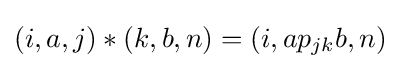
(i,a,j)*(k,b,n)=(i,ap_{jk}b,n)